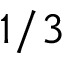
1 / 3